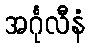
အင်္ဂုလီနံ